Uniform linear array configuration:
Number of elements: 8
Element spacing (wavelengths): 0.5
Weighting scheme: hamming
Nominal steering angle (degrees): -45
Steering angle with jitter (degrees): -46.271
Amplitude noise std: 0.05
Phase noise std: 0.05

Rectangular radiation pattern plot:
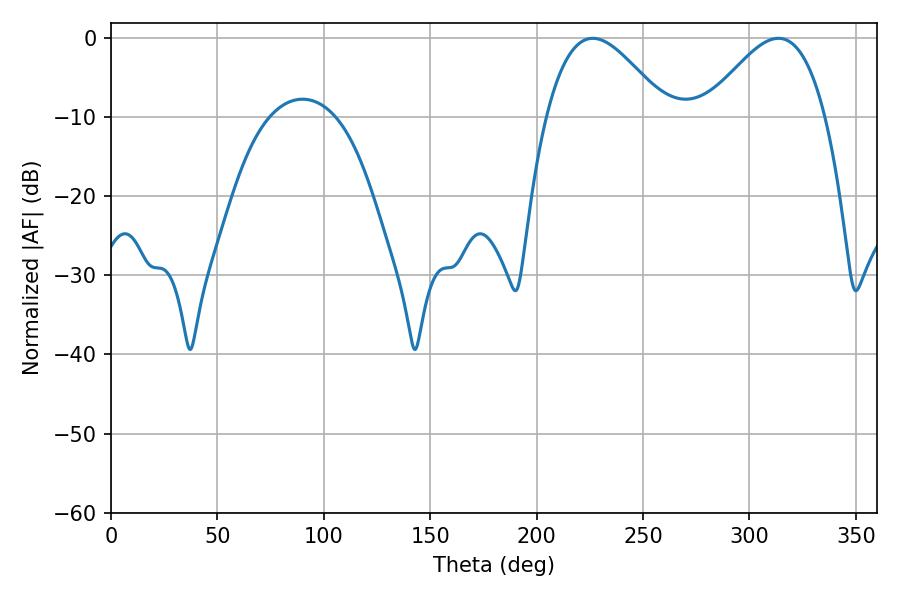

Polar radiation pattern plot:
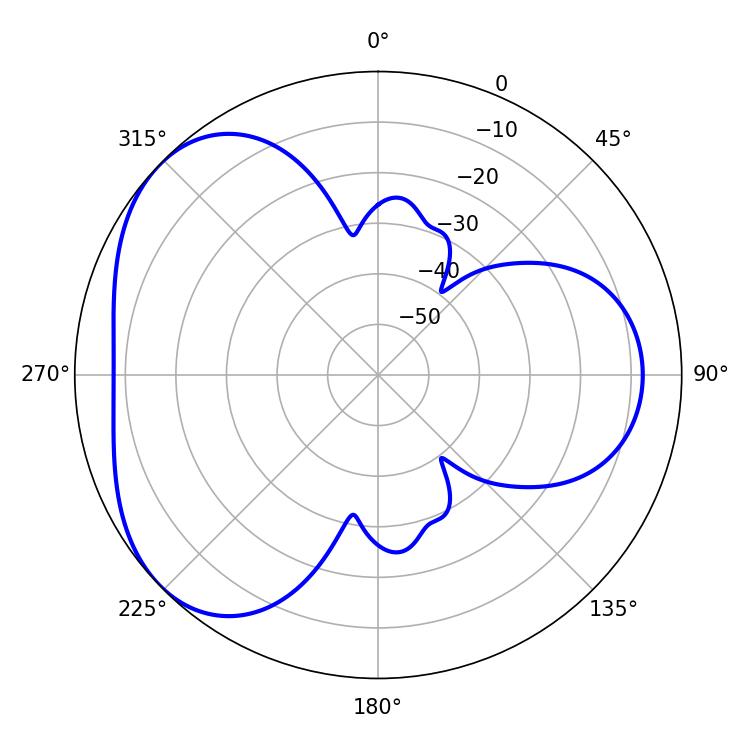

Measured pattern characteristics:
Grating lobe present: FALSE
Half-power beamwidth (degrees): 30.42
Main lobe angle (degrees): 226.44